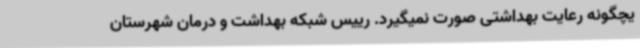
یچگونه رعایت بهداشتی صورت نمیگیرد. رییس شبکه بهداشت و درمان شهرستان